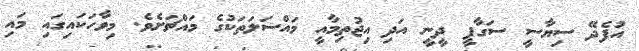
އުފެދޭ ސިޔާސީ ސަގާފީ ދީނީ އަދި އިޖުތިމާއީ މައްސަލަތަކުގެ މައްޗަށެވެ. މިވާހަކައިގައި މައި